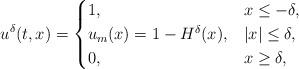
LaTeX: \begin{align*}u^\delta(t,x) = \begin{cases} 1, & x\le -\delta,\\u_m(x) = 1 -H^\delta(x), & |x| \le \delta,\\0, & x\ge \delta,\end{cases}\end{align*}